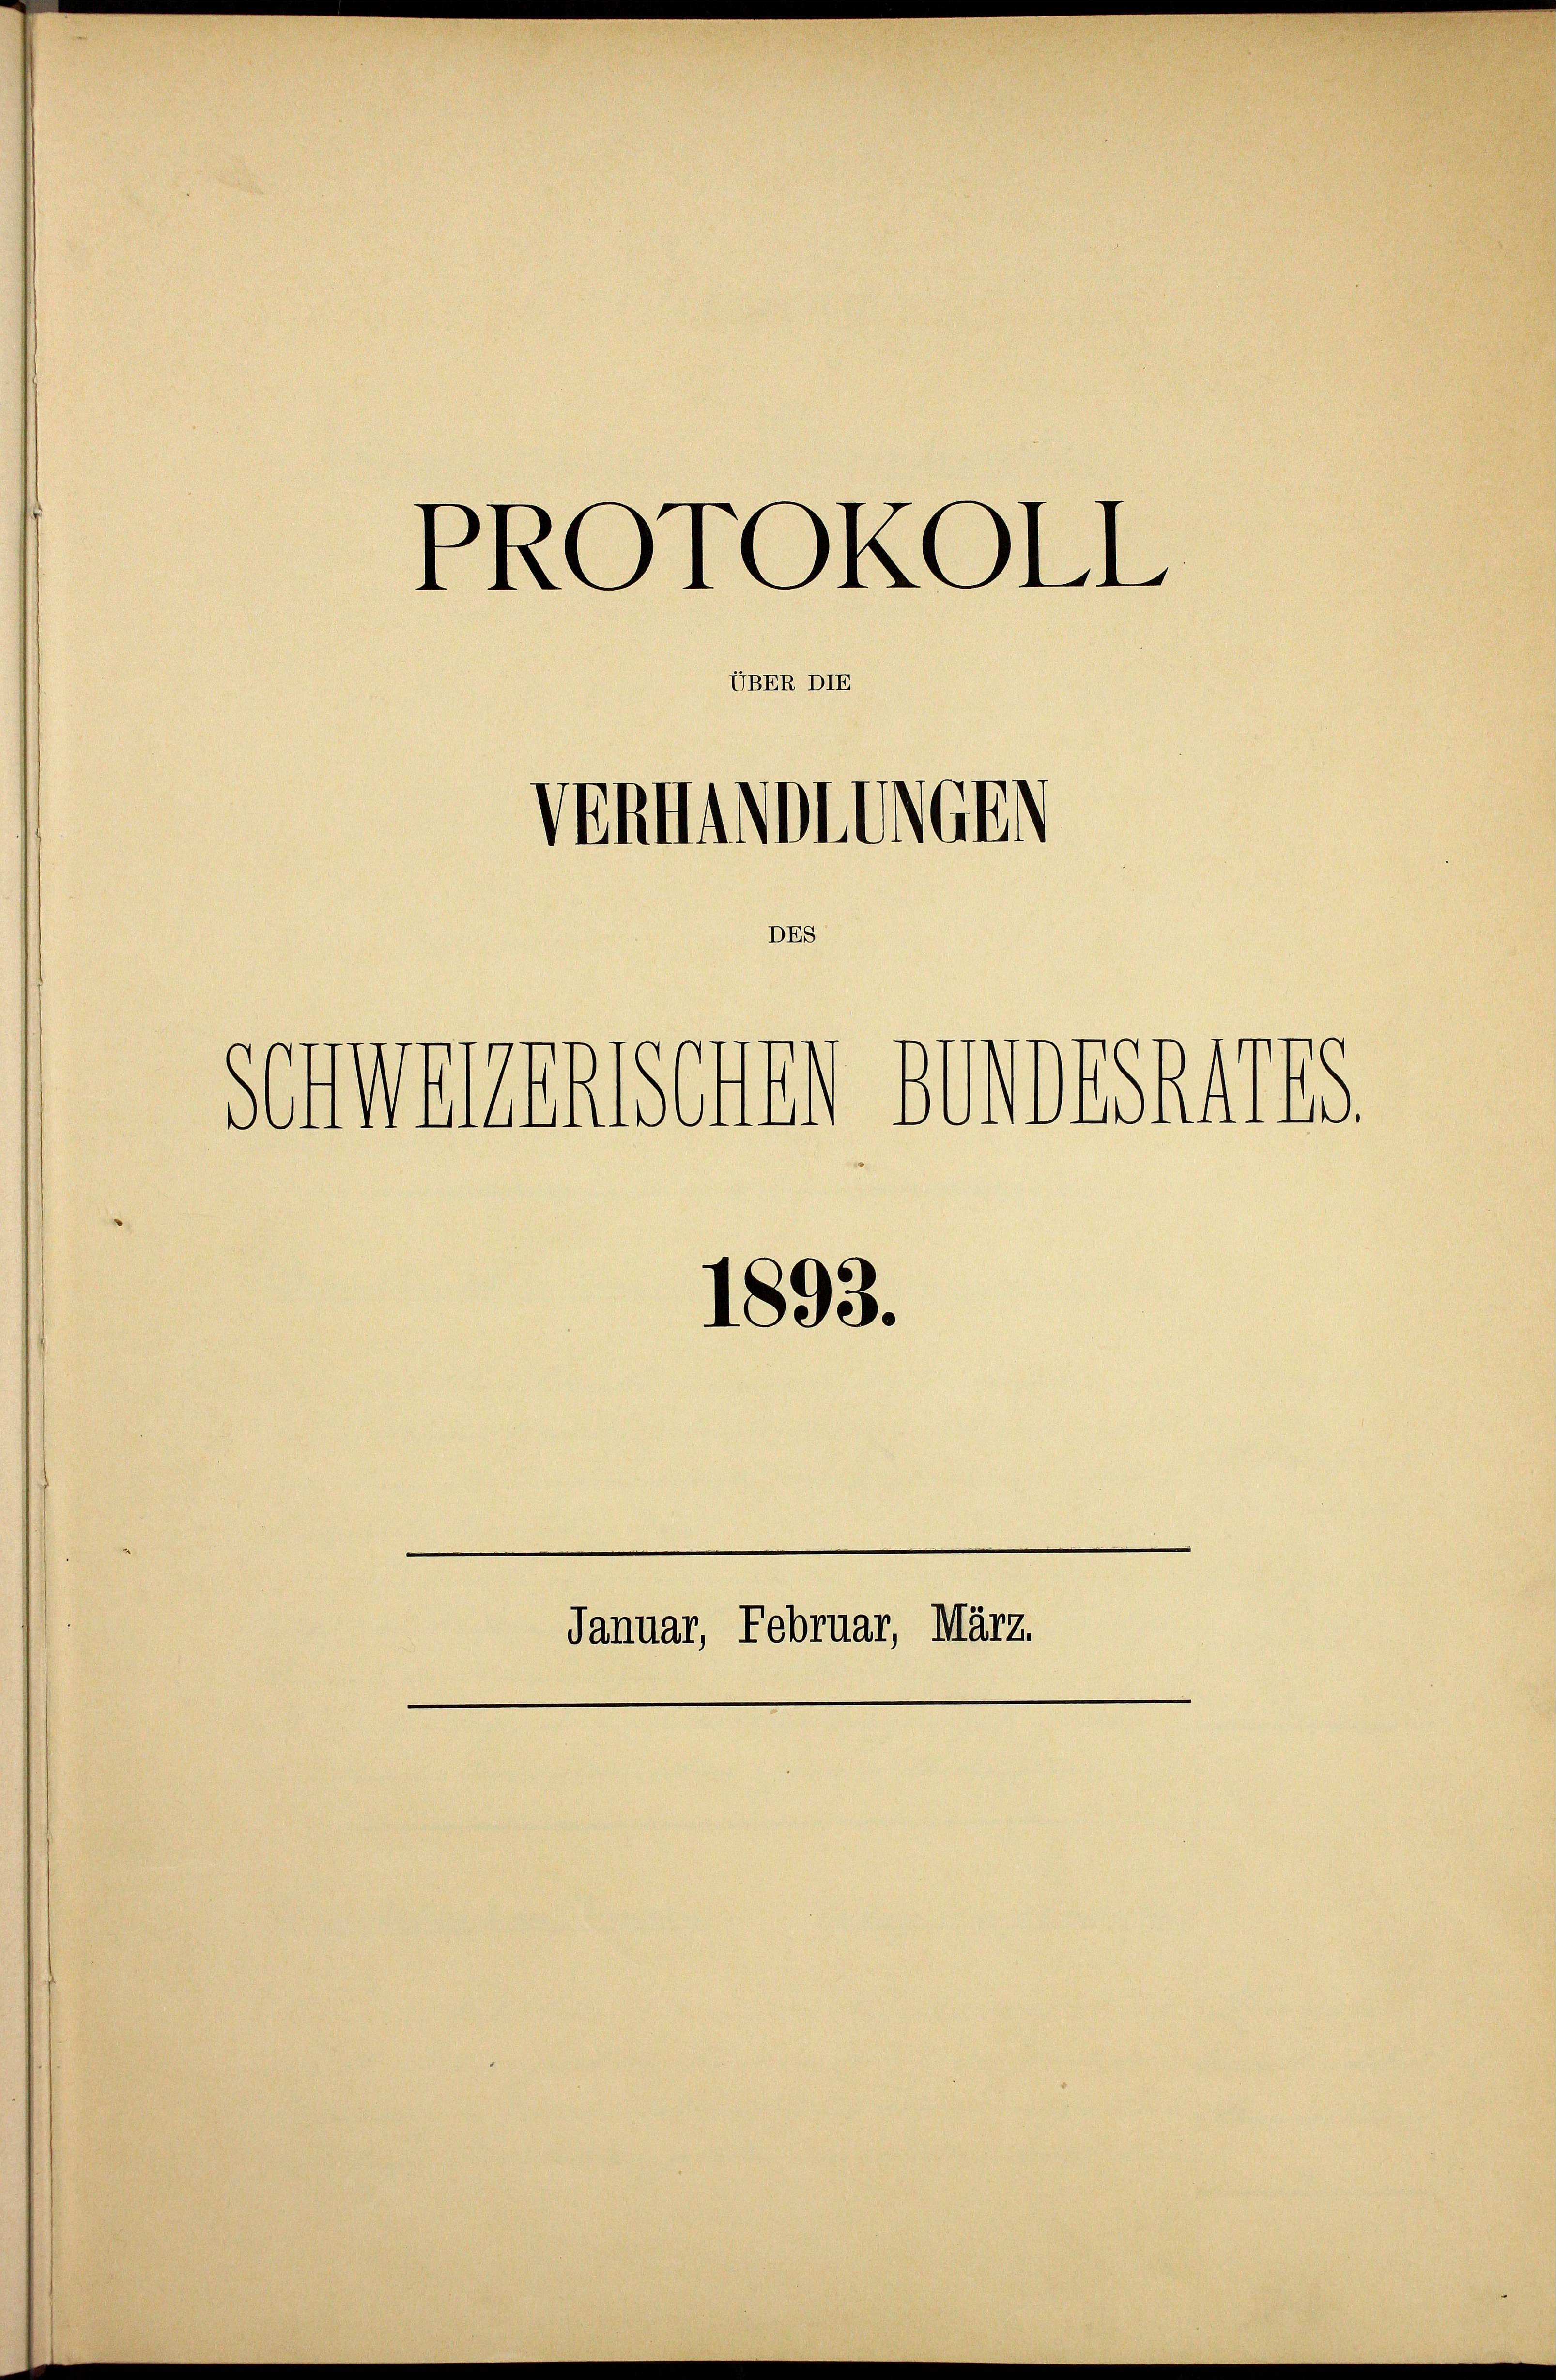
Schwerenschen den deshal

PROTOKOLL

Verwaltunge

1893.

Januar, Februar, März.

UBER DIE

DES